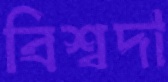
বিশ্বদা